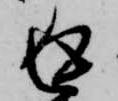
返